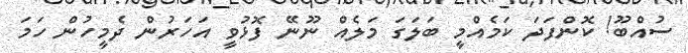
ސުއްބޫ! ކޮންފަދަ ކަމެއްމީ ބަލަގަ މަލެއް ނޫނޭ ފޮޅުވީ އަހަރުން ދެމީހުން ހަަމަ